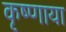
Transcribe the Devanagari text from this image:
कृष्णाया